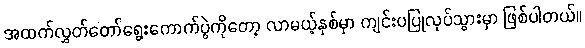
အထက်လွှတ်တော်ရွေးကောက်ပွဲကိုတော့ လာမယ့်နှစ်မှာ ကျင်းပပြုလုပ်သွားမှာ ဖြစ်ပါတယ်။